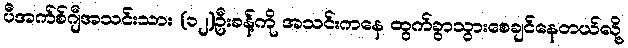
ပီအက်စ်ဂျီအသင်းသား (၁၂)ဦးခန့်ကို အသင်းကနေ ထွက်ခွာသွားစေချင်နေတယ်လို့